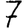
Digit: 7